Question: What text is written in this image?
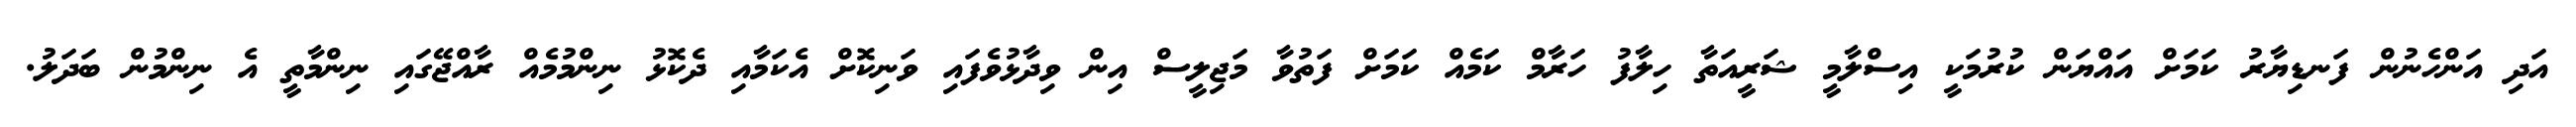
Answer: އަދި އަންހެނުން ފަނޑިޔާރު ކަމަށް އައްޔަން ކުރުމަކީ އިސްލާމީ ޝަރީއަތާ ހިލާފު ހަރާމް ކަމެއް ކަމަށް ފަތުވާ މަޖިލީސް އިން ވިދާޅުވެފައި ވަނިކޮށް އެކަމާއި ދެކޮޅު ނިންމުމެއް ރާއްޖޭގައި ނިންމާތީ އެ ނިންމުން ބަދަލު.